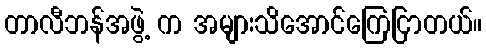
တာလီဘန်အဖွဲ့ က အများသိအောင်ကြေငြာတယ်။